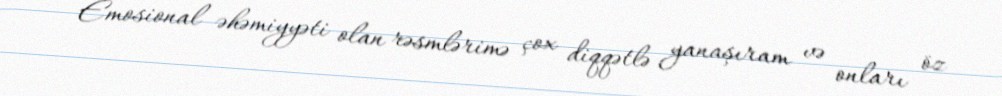
- Emosional əhəmiyyəti olan rəsmlərimə çox diqqətlə yanaşıram və onları öz